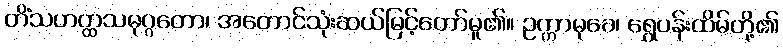
တိံသဟတ္ထသမုဂ္ဂတော၊ အတောင်သုံးဆယ်မြင့်တော်မူ၏။ ဥက္ကာမုခေ၊ ရွှေပန်းထိမ်တို့၏